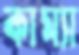
কাম্যা